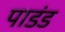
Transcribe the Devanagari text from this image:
पाडंड